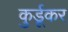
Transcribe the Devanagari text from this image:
कुर्डूकर